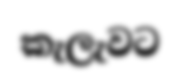
කැලැවට